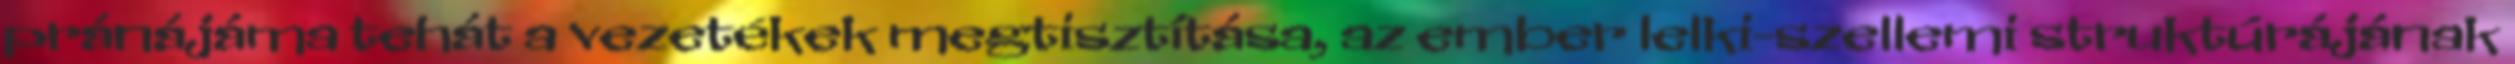
pránájáma tehát a vezetékek megtisztítása, az ember lelki-szellemi struktúrájának